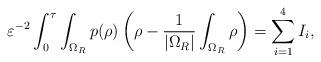
LaTeX: \begin{align*}\varepsilon^{-2}\int_0^\tau\int_{\Omega_R}p(\rho)\left(\rho-\frac{1}{|\Omega_R|}\int_{\Omega_R}\rho\right)=\sum_{i=1}^4 I_i,\end{align*}